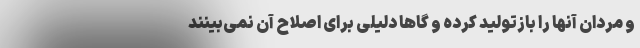
و مردان آنها را بازتولید کرده و گاها دلیلی برای اصلاح آن نمی‌بینند